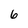
Character: 6